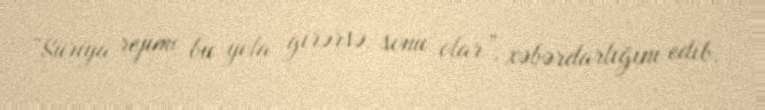
“Suriya rejimi bu yola girərsə, sonu olar”, xəbərdarlığını edib.